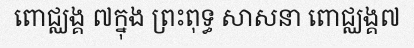
ពោជ្ឈង្គ ៧ក្នុង ព្រះពុទ្ធ សាសនា ពោជ្ឈង្គ៧